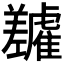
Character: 𬯷